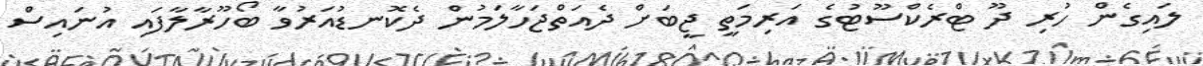
ލައިގެން ހުރި ދޫ ޓްރެކްސޫޓުގެ އަރިމަތީ ޖީބަށް ދެއަތްޖަހާލަމުން ދެކޮނޑުއަރުވާ ބޯހޫރާލާފައި އުނައިސް